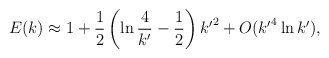
\begin{align*}E(k)\approx1+\frac{1}{2}\left(\ln\frac{4}{{k^{\prime}}}-\frac{1}{2}\right){k^{\prime}}^2+O({k^{\prime}}^4\ln {k^{\prime}}),\end{align*}